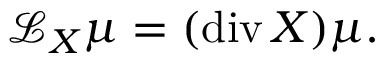
{ \mathcal { L } } _ { X } \mu = ( \operatorname { d i v } X ) \mu .